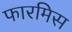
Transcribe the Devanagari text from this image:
फारमिस